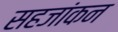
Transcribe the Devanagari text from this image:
सहजांकन